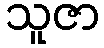
သူဇာ